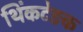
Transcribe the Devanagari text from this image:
थिंकटेङक